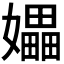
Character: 𪦮